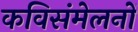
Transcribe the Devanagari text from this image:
कविसंमेलनों